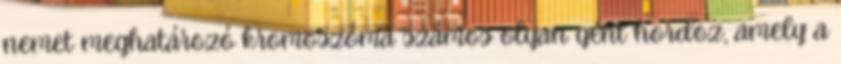
nemet meghatározó kromoszóma számos olyan gént hordoz, amely a